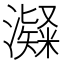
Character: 𤁼